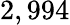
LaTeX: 2,994